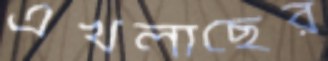
এখলাছের